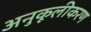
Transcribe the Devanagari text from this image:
अनुकूलीकरण